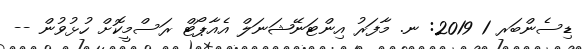
ޑިސެންބަރ 1 2019: ނ. މާފަރު އިންޓަނޭޝަނަލް އެއާޕޯޓް ރަސްމީކޮށް ހުޅުވުން --